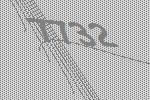
7732